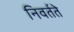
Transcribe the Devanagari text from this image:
निवर्तते